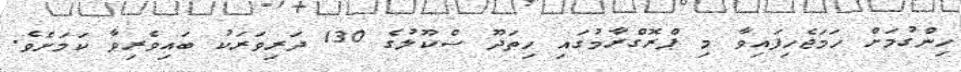
ހިންގުމަށް ހަމަޖެހިފައިވާ މި ޕްރޮގްރާމުގައި ހިތަދޫ ސްކޫލުގެ 130 ދަރިވަރަކު ބައިވެރިވާ ކަމަށެވެ.